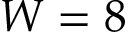
W = 8